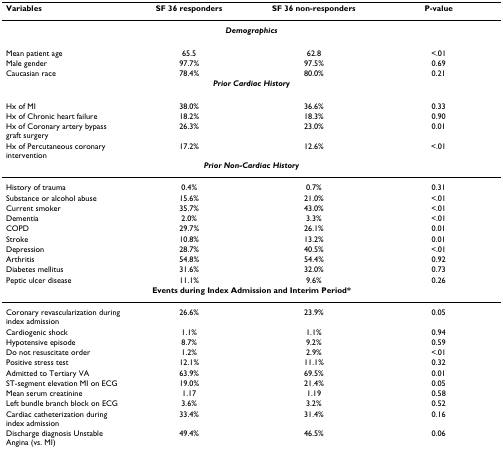
| Variables | SF 36 responders | SF 36 non-responders | P-value |
 | --- | --- | --- | --- |
 | <COLSPAN=4> Demographics |
 | Mean patient age | 65.5 | 62.8 | <.01 |
 | Male gender | 97.7% | 97.5% | 0.69 |
 | Caucasian race | 78.4% | 80.0% | 0.21 |
 | <COLSPAN=4> Prior Cardiac History |
 | Hx of MI | 38.0% | 36.6% | 0.33 |
 | Hx of Chronic heart failure | 18.2% | 18.3% | 0.90 |
 | Hx of Coronary artery bypass graft surgery | 26.3% | 23.0% | 0.01 |
 | Hx of Percutaneous coronary intervention | 17.2% | 12.6% | <.01 |
 | <COLSPAN=4> Prior Non-Cardiac History |
 | History of trauma | 0.4% | 0.7% | 0.31 |
 | Substance or alcohol abuse | 15.6% | 21.0% | <.01 |
 | Current smoker | 35.7% | 43.0% | <.01 |
 | Dementia | 2.0% | 3.3% | <.01 |
 | COPD | 29.7% | 26.1% | 0.01 |
 | Stroke | 10.8% | 13.2% | 0.01 |
 | Depression | 28.7% | 40.5% | <.01 |
 | Arthritis | 54.8% | 54.4% | 0.92 |
 | Diabetes mellitus | 31.6% | 32.0% | 0.73 |
 | Peptic ulcer disease | 11.1% | 9.6% | 0.26 |
 | <COLSPAN=4> Events during Index Admission and Interim Period* |
 | Coronary revascularization during index admission | 26.6% | 23.9% | 0.05 |
 | Cardiogenic shock | 1.1% | 1.1% | 0.94 |
 | Hypotensive episode | 8.7% | 9.2% | 0.59 |
 | Do not resuscitate order | 1.2% | 2.9% | <.01 |
 | Positive stress test | 12.1% | 11.1% | 0.32 |
 | Admitted to Tertiary VA | 63.9% | 69.5% | 0.01 |
 | ST-segment elevation MI on ECG | 19.0% | 21.4% | 0.05 |
 | Mean serum creatinine | 1.17 | 1.19 | 0.58 |
 | Left bundle branch block on ECG | 3.6% | 3.2% | 0.52 |
 | Cardiac catheterization during index admission | 33.4% | 31.4% | 0.16 |
 | Discharge diagnosis Unstable Angina (vs. MI) | 49.4% | 46.5% | 0.06 |